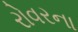
રોવરના